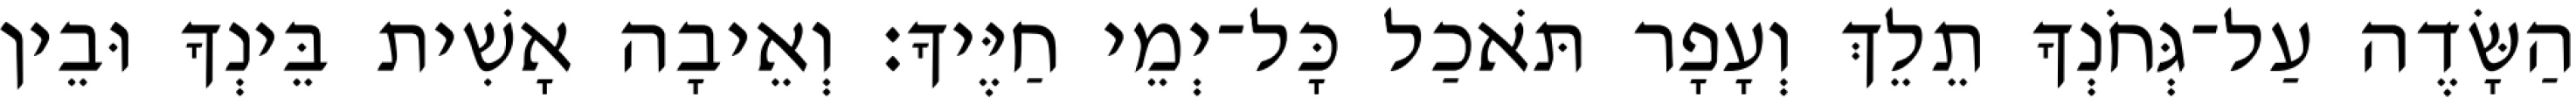
הַשָּׂדֶה עַל־גְּחֹנְךָ תֵלֵךְ וְעָפָר תֹּאכַל כָּל־יְמֵי חַיֶּיךָ׃ וְאֵיבָה אָשִׁית בֵּינְךָ וּבֵין